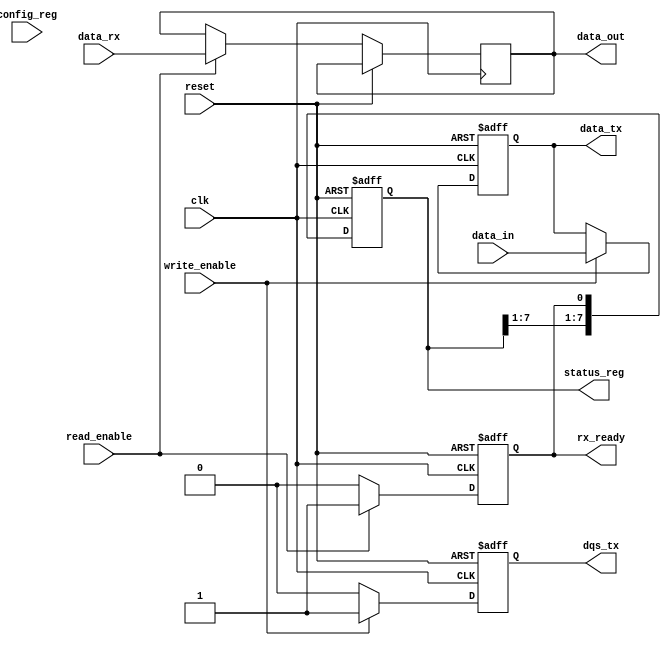
module gddr_io_block #(
    parameter DATA_WIDTH = 32,      // Configurable data bus width: 16, 32, 64
    parameter CLK_SPEED = 400.0      // Clock speed in MHz
)(
    input wire clk,                  // System Clock
    input wire reset,                // Reset Signal
    
    // TX interface
    input wire [DATA_WIDTH-1:0] data_in, // Data input to TX
    input wire write_enable,         // Write enable signal
    output wire [DATA_WIDTH-1:0] data_out, // Data output from RX
    output wire dqs_tx,              // Data Strobe TX
    output wire [DATA_WIDTH-1:0] data_tx, // Serialized TX data

    // RX interface
    input wire [DATA_WIDTH-1:0] data_rx, // Incoming data from I/O pins
    input wire read_enable,          // Read enable signal
    output reg rx_ready,             // RX data ready signal
    
    // Configuration and status interface
    input wire [7:0] config_reg,     // Configuration register input
    output reg [7:0] status_reg      // Status register output
);

    // Parameters
    localparam PHASE_WIDTH = 4;      // Phase width for PLL/CDR, adjust as necessary

    // TX Logic
    always @(posedge clk or posedge reset) begin
        if (reset) begin
            data_tx <= 0;
            dqs_tx <= 0;
        end else if (write_enable) begin
            data_tx <= data_in;
            dqs_tx  <= 1;  // Assert Data Strobe
        end else begin
            dqs_tx <= 0;    // Deassert Data Strobe
        end
    end

    // RX Logic
    always @(posedge clk or posedge reset) begin
        if (reset) begin
            rx_ready <= 0;
        end else if (read_enable) begin
            data_out <= data_rx;
            rx_ready <= 1;  // Data is ready to be read
        end else begin
            rx_ready <= 0;
        end
    end

    // Control Logic for configuration and status
    always @(posedge clk or posedge reset) begin
        if (reset) begin
            status_reg <= 8'h00; // Clear status register on reset
        end else begin
            // Simple logic to update status register based on operations or conditions
            status_reg[0] <= rx_ready; // Example: set bit 0 if RX is ready
            // Additional status bits can be set based on conditions
        end
    end

    // Clock Management Logic (Placeholder for actual PLL/CDR implementation)
    // Assuming simple clock gating/rate control for now
    wire clk_enable = (write_enable || read_enable);
    
    // Instance of PLL/Clock management can be added here

endmodule